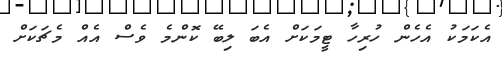
އެކަމަކު އެހެން ހުރިހާ ޓީމަކަށް އެބަ ލިބޭ ކޮންމެ ވެސް އެއް މެޗަކަށް